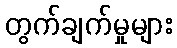
တွက်ချက်မှုများ